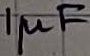
Text: 1µF